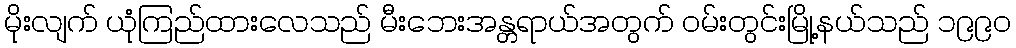
မိုးလျက် ယုံကြည်ထားလေသည် မီးဘေးအန္တရာယ်အတွက် ဝမ်းတွင်းမြို့နယ်သည် ၁၉၉၀